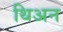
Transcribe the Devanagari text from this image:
थिअन